Lunatic asylums Central Provinces reports 1895-1909 - 1895-1909
Year: 1895
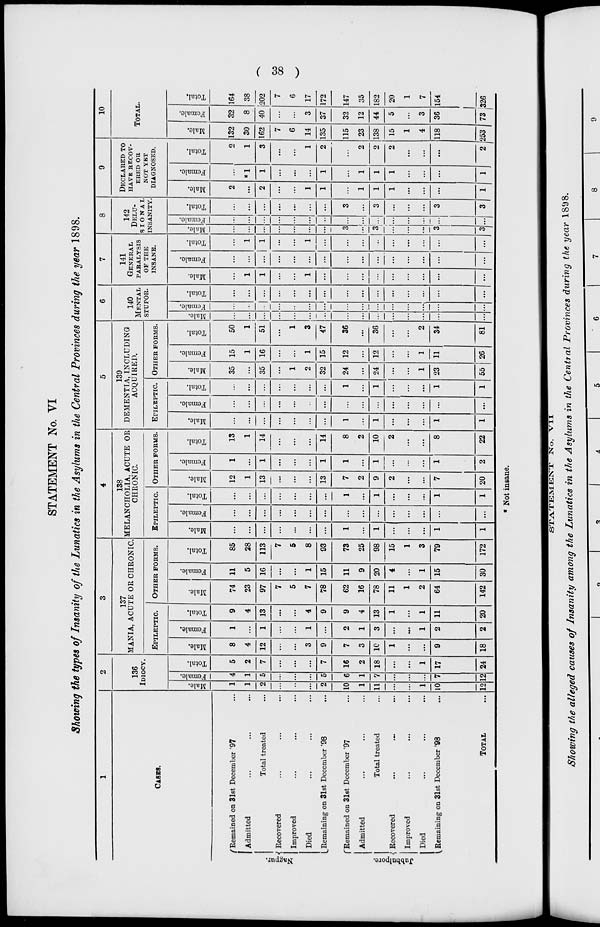
( 38 )
STATEMENT No. VI
Showing the types of Insanity of the Lunatics in the Asylums in the Central Provinces during the year 1898.
1
CASES.
Nagpur.
Jubbulpore
Remained on 31st December '97 ...
Admitted ... ... ...
Total treated ...
Recovered ... ... ...
Improved ... ... ...
Died ... ... ...
Remaining on 31st December '98 ...
Remained on 31st December '97 ...
Admitted ... ... ...
Total treated ...
Recovered
...
...
...
Improved ... ... ...
Died ... ... ...
Remaining on 31st December '98 ...
TOTAL ...
2
136
IDIOCY.
Male.
1
1
2
...
...
...
2
10
1
11
...
...
1
10
12
Female.
4
1
5
...
...
...
5
6
1
7
...
...
...
7
12
Total.
5
2
7
...
...
...
7
16
2
18
...
...
1
17
24
3
137
MANIA, ACUTE OR CHRONIC.
EPILEPTIC.
Male.
8
4
12
...
...
3
9
7
3
10
1
...
...
9
18
Female.
1
...
1
...
...
1
...
2
1
3
...
...
1
2
2
Total.
9
4
13
...
...
4
9
9
4
13
1
...
1
11
20
OTHER FORMS.
Male.
74
23
97
7
5
7
78
62
16
78
11
1
2
64
142
Female.
11
5
16
...
...
1
15
11
9
20
4
...
1
15
30
Total.
85
28
113
7
5
8
93
73
25
98
15
1
3
79
172
4
138
MELANCHOLIA, ACUTE OR
CHRONIC.
EPILEPTIC.
Male.
...
...
...
...
...
...
...
1
...
1
...
...
...
1
1
Female.
...
...
...
...
...
...
...
...
...
...
...
...
...
...
...
Total.
...
...
...
...
...
...
...
1
...
1
...
...
...
1
1
OTHER FORMS.
Male.
12
1
13
....
...
...
13
7
2
9
2
...
...
7
20
Female.
1
...
1
...
...
...
1
1
...
1
...
...
...
1
2
Total.
13
1
14
...
...
...
14
8
2
10
2
...
...
8
22
5
139
DEMENTIA, INCLUDING
ACQUIRED.
EPILEPTIC.
Male.
...
...
...
...
...
...
...
1
...
1
...
...
...
1
1
Female.
...
...
...
...
...
...
...
...
...
...
...
...
...
...
...
Total.
...
...
...
...
...
...
...
1
...
1
...
...
...
1
1
OTHER FROMS.
Male.
35
...
35
...
1
2
32
24
...
24
...
...
1
23
55
Female.
15
1
16
...
...
1
15
12
...
12
...
...
1
11
26
Total.
50
1
51
...
1
3
47
36
...
36
...
...
2
34
81
6
140
MENTAL
STUPOR.
Male.
...
...
...
...
...
...
...
...
...
...
...
...
...
...
...
Female.
...
...
...
...
...
...
...
...
...
...
...
...
...
...
...
Total.
...
...
...
...
...
...
...
...
...
...
...
...
...
...
...
7
141
GENERAL
PARALYSIS
OF THE
INSANE.
Male.
...
1
1
...
...
1
...
...
...
...
...
...
...
...
...
Female.
...
...
...
...
...
...
...
...
...
...
...
...
...
...
...
Total.
...
1
1
...
...
1
...
...
...
...
...
...
...
...
...
8
142
DELU-
- - - - - -
INSANITY.
Male.
...
...
...
...
...
...
...
3
...
3
...
...
...
3
3
Female.
...
...
...
...
...
...
...
...
...
...
...
...
...
...
...
Total.
...
...
...
...
...
...
...
3
...
3
...
...
...
3
3
9
DECLARED TO
HAVE RECOV-
ERED OR
NOT YET
DIAGNOSED.
Male.
2
...
2
...
...
1
1
...
1
1
1
...
...
...
1
Female.
...
*1
1
...
...
...
1
...
1
1
1
...
...
...
1
Total.
2
1
3
...
...
1
2
...
2
2
2
...
...
...
2
10
TOTAL.
Male.
132
30
162
7
6
14
135
115
23
138
15
1
4
118
253
Female.
32
8
40
...
...
3
37
32
12
44
5
...
3
36
73
Total.
164
38
202
7
6
17
172
147
35
182
20
1
7
154
326
* Not insane.